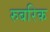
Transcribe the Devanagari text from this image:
रुबरिक